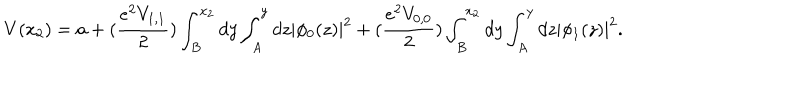
V ( x _ { 2 } ) = a + ( \frac { e ^ { 2 } V _ { 1 , 1 } } { 2 } ) \int _ { B } ^ { x _ { 2 } } d y \int _ { A } ^ { y } d z | \phi _ { 0 } ( z ) | ^ { 2 } + ( \frac { e ^ { 2 } V _ { 0 , 0 } } { 2 } ) \int _ { B } ^ { x _ { 2 } } d y \int _ { A } ^ { y } d z | \phi _ { 1 } ( z ) | ^ { 2 } .